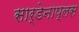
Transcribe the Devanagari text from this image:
सार्डेनाप्लस